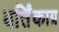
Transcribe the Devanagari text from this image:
वर्तिंकाग्र